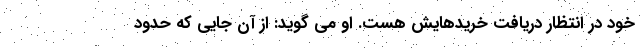
خود در انتظار دریافت خریدهایش هست. او می گوید: از آن جایی که حدود